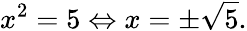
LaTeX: x^{2}=5\Leftrightarrow x=\pm{\sqrt{5}}.